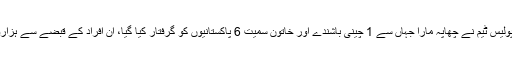
پولیس کا کہنا ہے کہ گلستان جوہر کے بلاک 12 میں پولیس ٹیم نے چھاپہ مارا جہاں سے 1 چینی باشندے اور خاتون سمیت 6 پاکستانیوں کو گرفتار کیا گیا، ان افراد کے قبضے سے ہزاروں کی تعداد میں گدھے کی کھالیں بھی برآمد کی گئیں۔